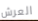
العرش